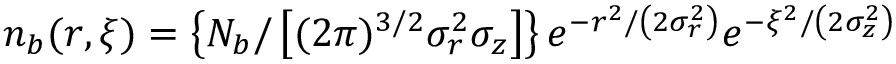
n _ { b } ( r , \xi ) = \left\{ N _ { b } / \left[ ( 2 \pi ) ^ { 3 / 2 } \sigma _ { r } ^ { 2 } \sigma _ { z } \right] \right\} e ^ { - r ^ { 2 } / \left( 2 \sigma _ { r } ^ { 2 } \right) } e ^ { - \xi ^ { 2 } / \left( 2 \sigma _ { z } ^ { 2 } \right) }